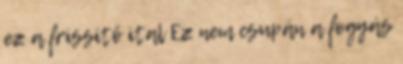
ez a frissítő ital Ez nem csupán a fogyás